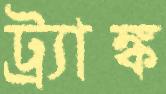
ট্র্যাঙ্ক